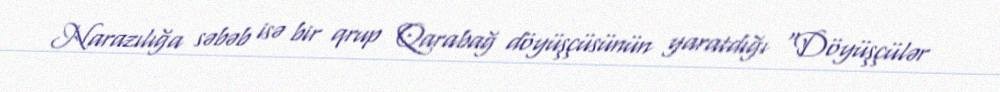
Narazılığa səbəb isə bir qrup Qarabağ döyüşçüsünün yaratdığı “Döyüşçülər